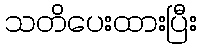
သတိပေးထားပြီး